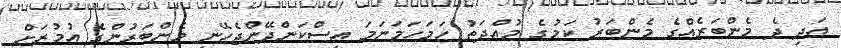
އަދި ދެ މެންބަރެއްގެ މެންބަރު ކަމުގެ މުއްދަތު ހަމަހަމަނަމަ އިސްކަންދޭންޖެހޭނީ މެންބަރުންގެ އުމުރަށް